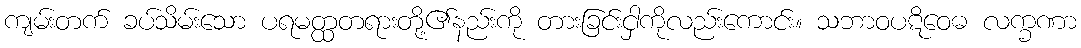
ကျမ်းတက် ခပ်သိမ်းသော ပရမတ္ထတရားတို့၏နည်းကို တားခြင်းငှါကိုလည်းကောင်း။ သဘာဝပဋိဝေဓ လက္ခဏာ